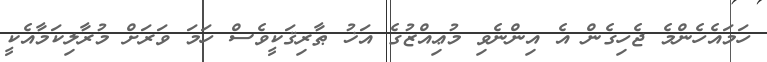
ހަމައެހެންމެ ޖެހިގެން އެ އިންނެވި މުޢިއްޒުގެ އަޚު ޠާރިޤަކީވެސް ހަމަ ވަރަށް މުރާލިކަމާއެކީ